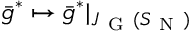
\bar { g } ^ { * } \mapsto \bar { g } ^ { * } \vert _ { J _ { \mathrm { ~ G ~ } } ( S _ { \mathrm { ~ N ~ } } ) }